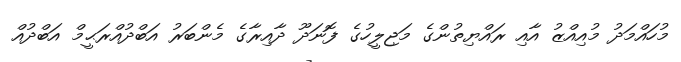
މުހައްމަދު މުއިއްޒު އާއި ރައްޔިތުންގެ މަޖިލީހުގެ ފޮނަދޫ ދާއިރާގެ މެންބަރު އަބްދުއްރަޙީމް އަބްދުއް